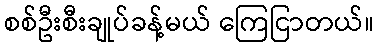
စစ်ဦးစီးချုပ်ခန့်မယ် ကြေငြာတယ်။